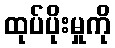
ထုပ်ပိုးမှုကို